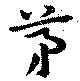
茅